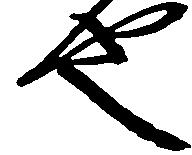
也